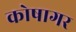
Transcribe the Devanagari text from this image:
कोषागर